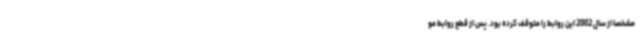
مشخصا از سال 2002 این روابط را متوقف کرده بود. پس از قطع روابط مو